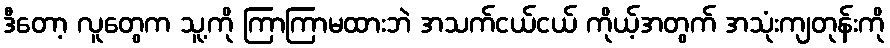
ဒီတော့ လူတွေက သူ့ကို ကြာကြာမထားဘဲ အသက်ငယ်ငယ် ကိုယ့်အတွက် အသုံးကျတုန်းကို